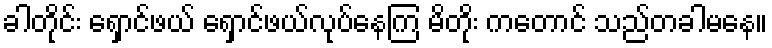
ခါတိုင်း ရှောင်ဖယ် ရှောင်ဖယ်လုပ်နေကြ မိတိုး ကတောင် သည်တခါမနေ။